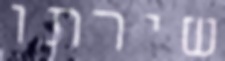
שירתו